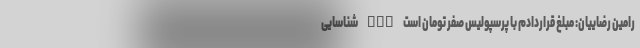
رامین رضاییان: مبلغ قراردادم با پرسپولیس صفر تومان است nan شناسایی